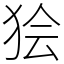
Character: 狯